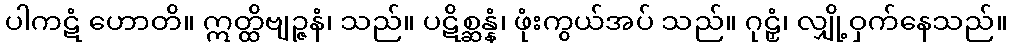
ပါကဋံ ဟောတိ။ ဣတ္ထိဗျဉ္ဇနံ၊ သည်။ ပဋိစ္ဆန္နံ၊ ဖုံးကွယ်အပ် သည်။ ဂုဠှံ၊ လျှို့ဝှက်နေသည်။